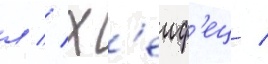
л // Х'еиф'ец /